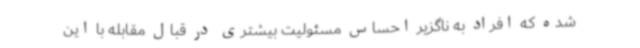
شده که افراد به ناگزیر احساس مسئولیت بیشتری در قبال مقابله با این